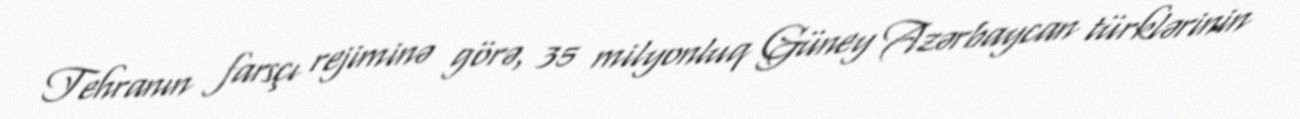
Tehranın farsçı rejiminə görə, 35 milyonluq Güney Azərbaycan türklərinin